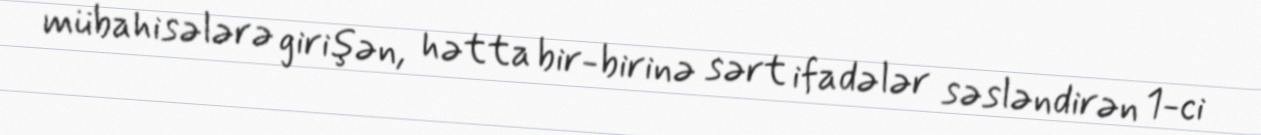
mübahisələrə girişən, hətta bir-birinə sərt ifadələr səsləndirən 1-ci